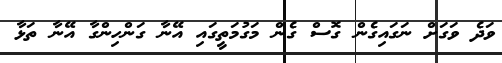
ވަދެ ވަގަށް ނަގައިގެން ގޮސް ގެން މަގުމަތީގައި އޭނާ ގަންހިންގާ އޭނާ ތަޅާ